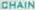
CHAIN